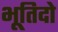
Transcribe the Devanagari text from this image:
भूतिदो